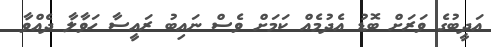
އަދީބުގެ ވަރަށް ބޮޑު އެދުމެއް ކަމަށް ވެސް ނައިބު ރައީސާ ހަވާލާ ދެއްވާ